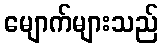
မျောက်များသည်